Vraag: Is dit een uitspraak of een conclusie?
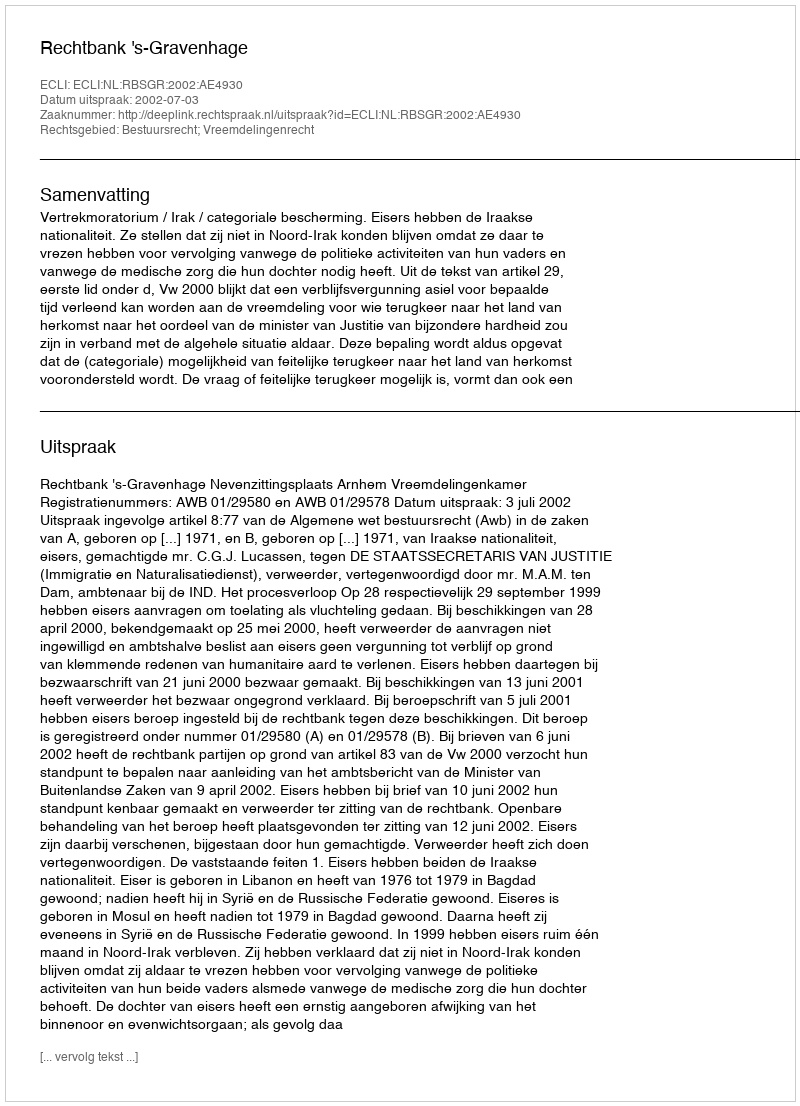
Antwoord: Uitspraak